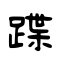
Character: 蹀